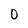
Character: 0